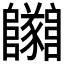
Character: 𨽡